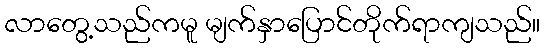
လာတွေ့သည်ကမူ မျက်နှာပြောင်တိုက်ရာကျသည်။